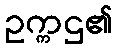
ဥက္ကဌ၏